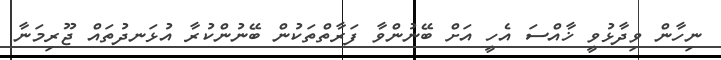
ނިހާން ވިދާޅުވީ ޚާއްސަ އެހީ އަށް ބޭނުންވާ ފަރާތްތަކުން ބޭނުންކުރާ އުޅަނދުތައް ޖޫރިމަނާ